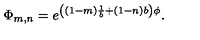
\Phi _ { m , n } = e ^ { \left( ( 1 - m ) \frac { 1 } { b } + ( 1 - n ) b \right) \phi } .